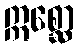
ဣစ္ဆော